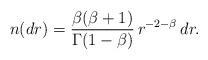
LaTeX: \begin{align*}n(dr)={\beta(\beta+1)\over \Gamma(1-\beta)}\,r^{-2-\beta}\,dr.\end{align*}